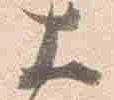
大